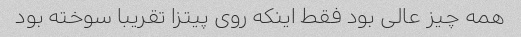
همه چیز عالی بود فقط اینکه روی پیتزا تقریبا سوخته بود